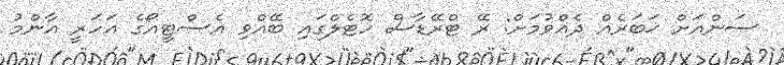
ސަންއަށް ޚަބަރެއް ދެއްވުމަށް: ރޭ ޓްރޭޑާސް ހޮޓެލްގައި ބޭއްވި އެސްޓީއޯގެ އަހަރީ އާންމު